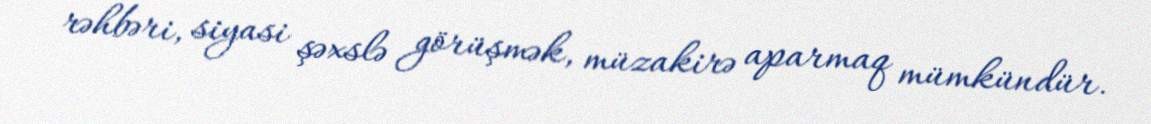
rəhbəri, siyasi şəxslə görüşmək, müzakirə aparmaq mümkündür.